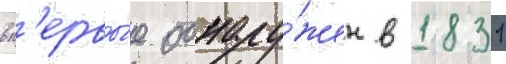
вп'ервы́е обнару́жен в 1831